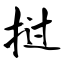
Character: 挝